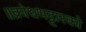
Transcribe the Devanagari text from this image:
॥क्रोधभट्टारको